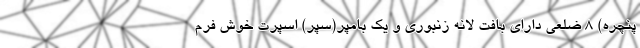
پنچره) 8 ضلعی دارای بافت لانه زنبوری و یک بامپر(سپر) اسپرت خوش فرم